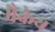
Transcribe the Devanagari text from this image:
मैकेय